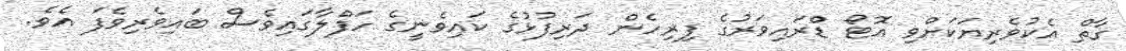
ގާތް އެކުވެރިޔަކަށްވި އޮޓޯ ޑްރައިވަރުގެ ފިރިހެން ދަރިފުޅުގެ ކައިވެނީގެ ހަފްލާގައިވެސް ބައިވެރިވެފަ އެވެ.